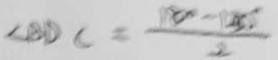
\angle B D C = \frac { 1 8 0 ^ { \circ } - 1 3 0 ^ { \circ } } { 2 }